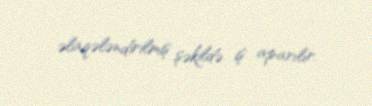
əlaqələndirilmiş şəkildə iş aparılır.